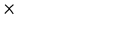
\times